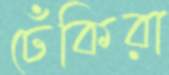
ঢেঁকিরা